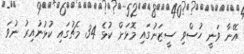
އޭނާ ވަނީ ހުސްވި ސީޒަނުގައި މޮޅަށް ކުޅެ 34 މެޗުގައި ކުޅުނުއިރު ނުވަ